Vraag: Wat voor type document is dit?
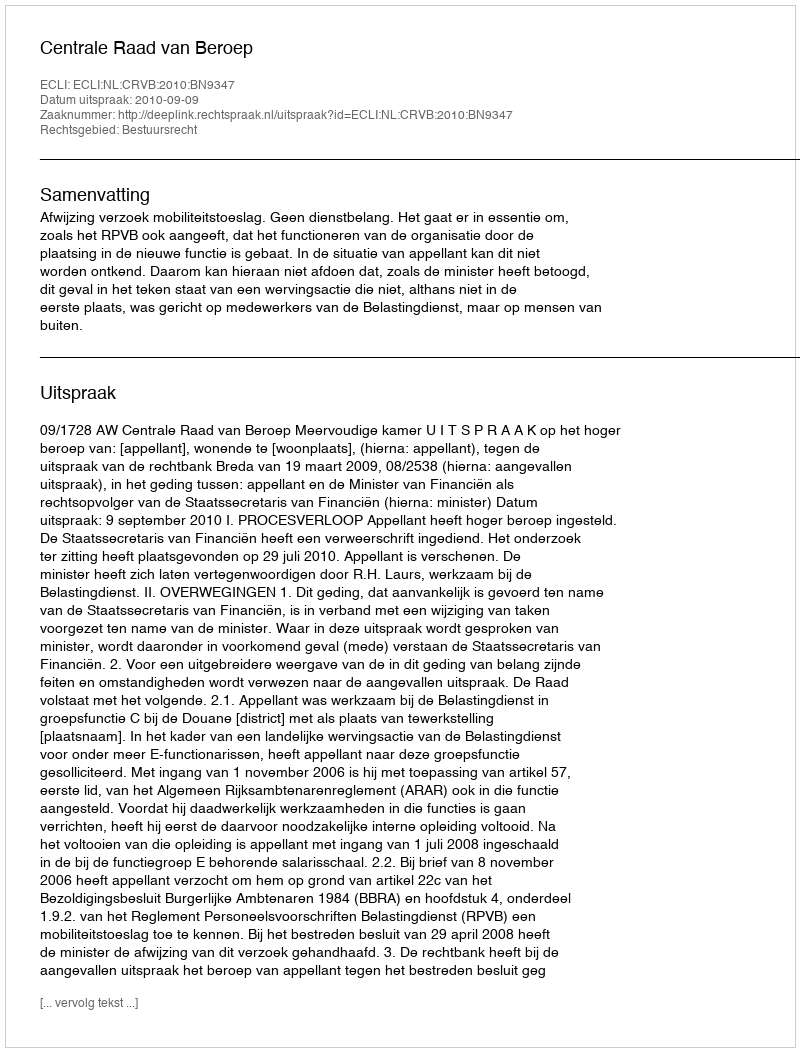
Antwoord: Uitspraak